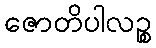
ဇောတိပါလဉ္စ